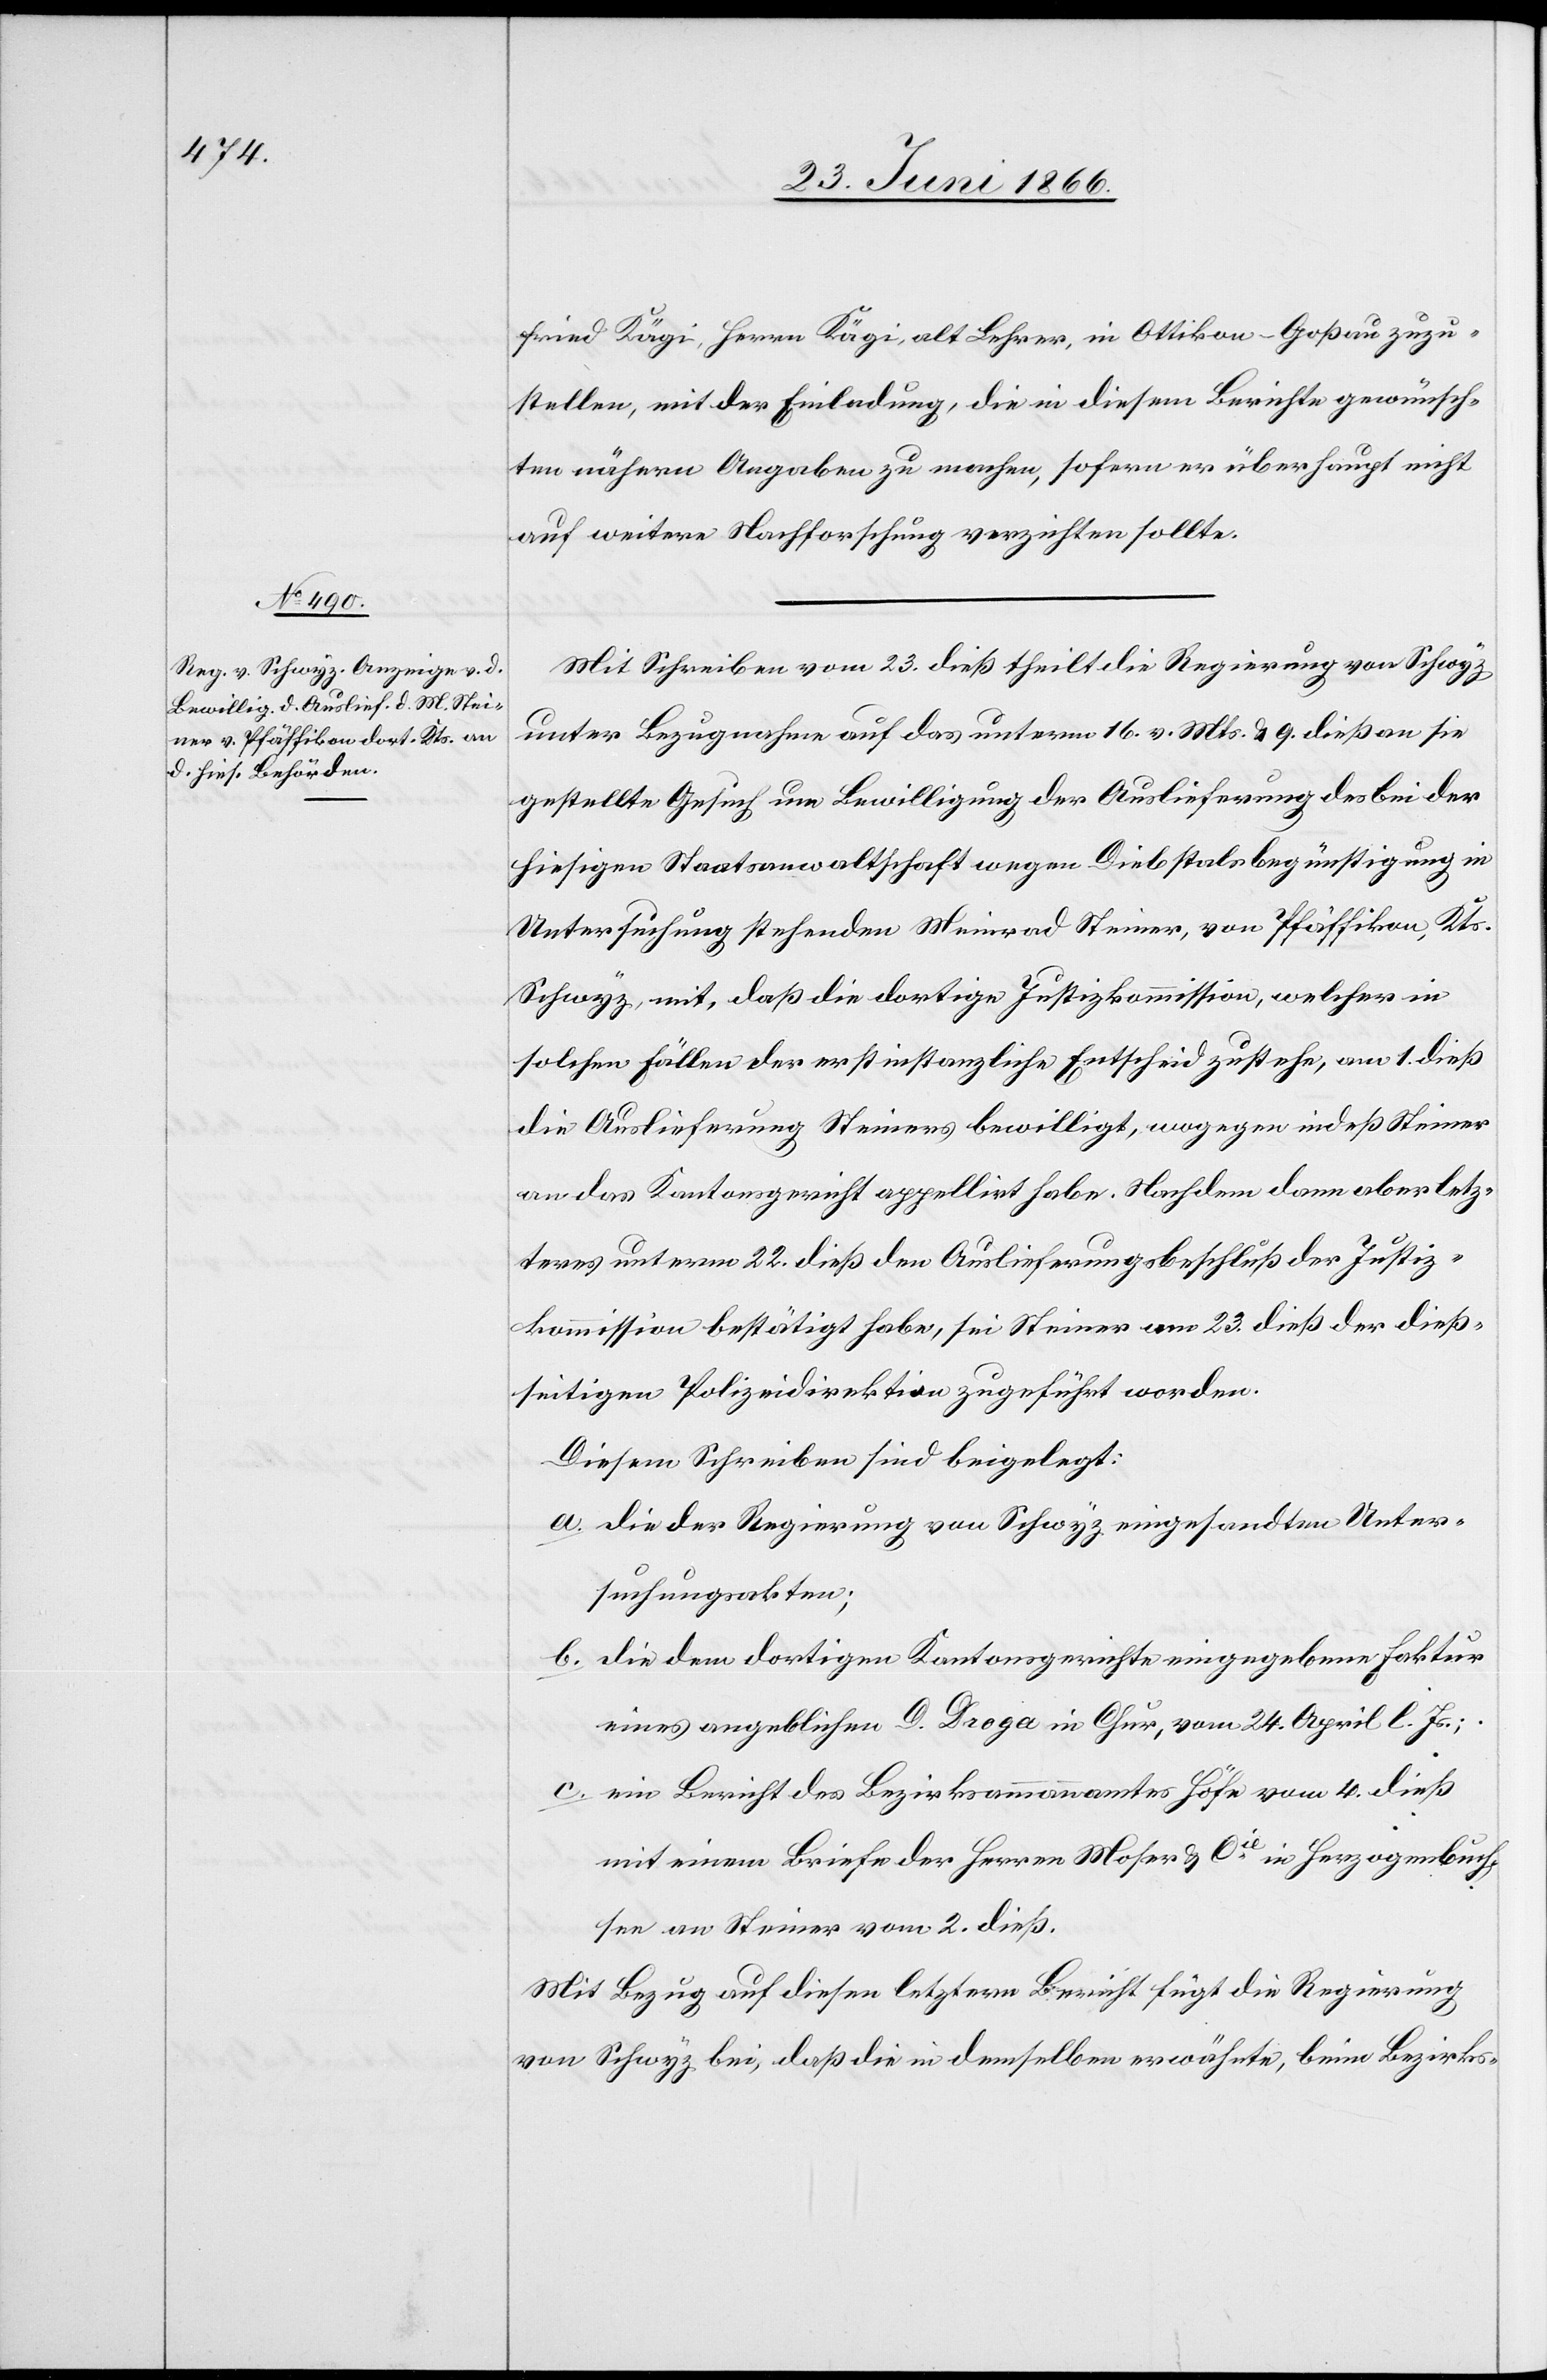
25. Juni 1866.]
fried Kägi, Herrn Kägi, alt Lehrer, in Ottikon - Goßau zuzu¬
stellen, mit der Einladung, die in diesem Berichte gewünsch¬
ten nähern Angaben zu machen, sofern er überhaupt nicht
auf weitere Nachforschung verzichten sollte.
Mit Schreiben vom 23. dieß theilt die Regierung von Schwyz
unter Bezugnahme auf das unterm 16. v. Mts. u. 9. dieß an sie
gestellte Gesuch um Bewilligung der Auslieferung des bei der
hiesigen Staatsanwaltschaft wegen Diebstalsbegünstigung in
Untersuchung stehenden Meinrad Steiner, von Pfäffikon, Kts.
Schwyz, mit, daß die dortige Justizkommission, welcher in
solchen Fällen der erstinstanzliche Entscheid zustehe, am 1. dieß
die Auslieferung Steiners bewilligt, wogegen indeß Steiner
an das Kantonsgericht appellirt habe. Nachdem dann aber letz¬
teres unterm 22. dieß den Auslieferungsbeschluß der Justiz¬
kommission bestätigt habe, sei Steiner am 23. dieß der dieß¬
seitigen Polizeidirektion zugeführt worden.
Diesem Schreiben sind beigelegt:
a. die der Regierung von Schwyz eingesandten Unter¬
suchungsakten;
b. die dem dortigen Kantonsgerichte eingegebenen Faktur
eines angeblichen D. Droga in Chur, vom 24. April l. Js.;
c. ein Bericht des Bezirkskommandanten Höfe vom 4. dieß
mit einem Briefe der Herren Moser u. Cie. in Herzogenbuch¬
see an Steiner vom 2. dieß.
Mit Bezug auf diesen letztern Bericht fügt die Regierung
von Schwyz bei, daß die in demselben erwähnte, beim Bezirks-